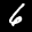
Label: 6